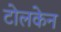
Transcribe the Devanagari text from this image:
टोलकेन